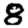
Digit: 8